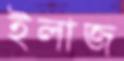
ইলাজ